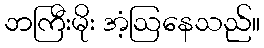
ဘကြီးမိုး အံ့ဩနေသည်။